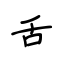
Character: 舌